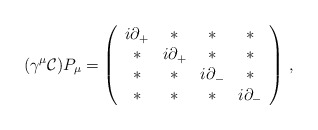
\begin{align*}(\gamma^{\mu}{\cal C})P_{\mu}= \left(\begin{array}[c]{cccc}i\partial_{+} & \ast & \ast & \ast \\ \ast &i\partial_{+} & \ast & \ast\\ \ast & \ast &i\partial_{-} & \ast \\ \ast & \ast & \ast&i\partial_{-}\end{array} \right)\, ,\end{align*}